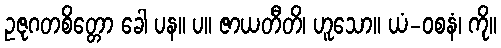
ဥဇုဂတစိတ္တော ခေါ ပန။ ပ။ ဇာယတီတိ၊ ဟူသော။ ယံ-ဝစနံ၊ ကို။